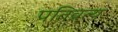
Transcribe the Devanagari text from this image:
पतिव्रत्य